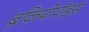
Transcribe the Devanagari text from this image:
ब्रैकियोपॉडस